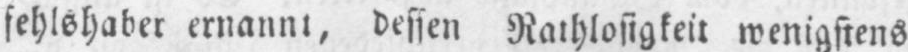
fehlshaber ernannt, dessen Rathlosigkeit wenigstens